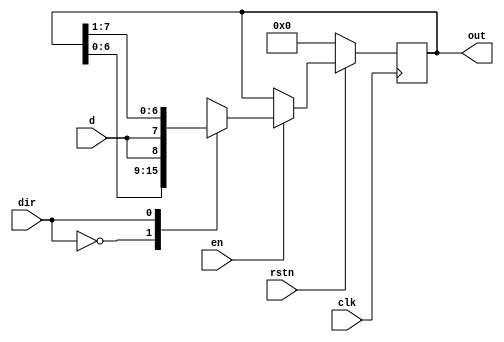
`timescale 1ns / 1ps
//////////////////////////////////////////////////////////////////////////////////
// Company: 
// Engineer: 
// 
// Design Name: 
// Module Name: 
// Project Name: 
// Target Devices: 
// Tool Versions: 
// Description: 
// 
// Dependencies: 
// 
// Revision:
// Revision 0.01 - File Created
// Additional Comments:
// 
//////////////////////////////////////////////////////////////////////////////////
module shift_reg #(parameter MSB = 8)(input d,
input clk,
input en,
input dir,
input rstn, 
output reg [MSB-1:0] out);
always @ (posedge clk)
if (!rstn)
out <= 0;
else begin
if (en)
case (dir)
0 : out <= {out[MSB-2:0], d};
1 : out <= {d, out[MSB-1:1]};
endcase
else
out <= out;
end
endmodule